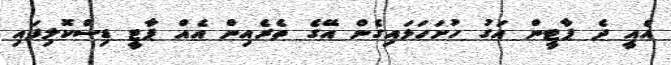
އެއީ ދެ ޕާޓީން އަގު ހުށަހަޅައިގެން އޭގެ ތެރެއިން އެއް ޕާޓީ ޑިސްކޮލިފައި